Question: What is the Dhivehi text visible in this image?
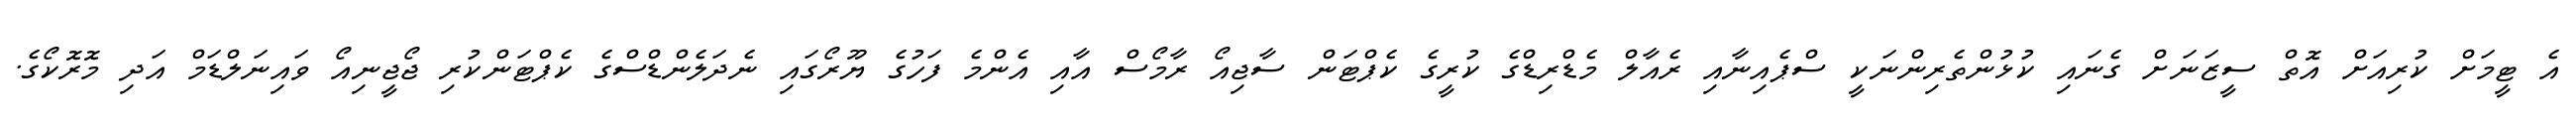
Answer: އެ ޓީމަށް ކުރިއަށް އޮތް ސީޒަނަށް ގެނައި ކުޅުންތެރިންނަކީ ސްޕެއިނާއި ރެއާލް މެޑްރިޑްގެ ކުރީގެ ކެޕްޓަން ސާޖިއޯ ރާމޯސް އާއި އެންމެ ފަހުގެ ޔޫރޯގައި ނެދަލެންޑްސްގެ ކެޕްޓަންކުރި ޖޯޖީނިއޯ ވައިނަލްޑަމް އަދި މޮރޮކޯގެ.